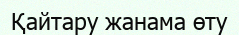
Қайтару жанама өту